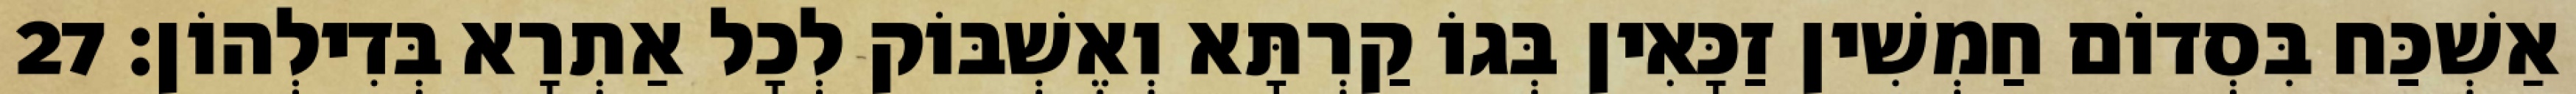
אַשְׁכַּח בִּסְדוֹם חַמְשִׁין זַכָּאִין בְּגוֹ קַרְתָּא וְאֶשְׁבּוֹק לְכָל אַתְרָא בְּדִילְהוֹן׃ 27